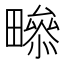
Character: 𤳒